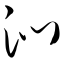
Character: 沁